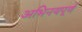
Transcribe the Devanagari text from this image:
अभिनयपूर्ण